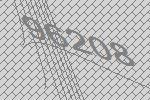
96208